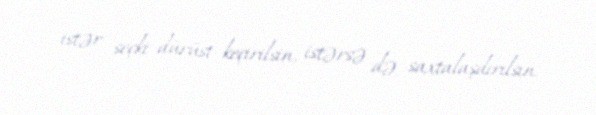
istər seçki dürüst keçirilsin, istərsə də saxtalaşdırılsın.